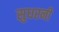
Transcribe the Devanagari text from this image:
सुधरनी